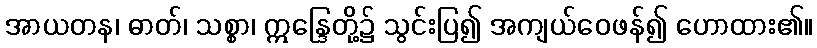
အာယတန၊ ဓာတ်၊ သစ္စာ၊ ဣန္ဒြေတို့၌ သွင်းပြ၍ အကျယ်ဝေဖန်၍ ဟောထား၏။